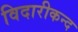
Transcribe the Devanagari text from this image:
विदारीकन्द